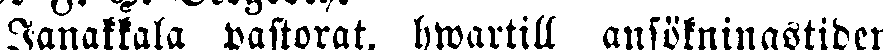
Janakkala pastorat, hwartill ansökningstiden